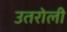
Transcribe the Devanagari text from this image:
उतरोली